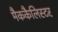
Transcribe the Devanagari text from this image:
मैककैलिस्टर